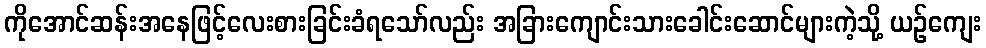
ကိုအောင်ဆန်းအနေဖြင့်လေးစားခြင်းခံရသော်လည်း အခြားကျောင်းသားခေါင်းဆောင်များကဲ့သို့ ယဉ်ကျေး